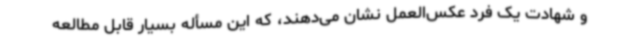
و شهادت یک فرد عکس‌العمل نشان می‌دهند، که این مسأله بسیار قابل مطالعه